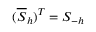
( \overline { { S } } _ { h } ) ^ { T } = S _ { - h }